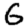
Digit: 6